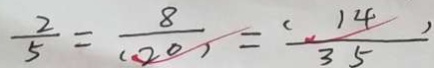
\frac { 2 } { 5 } = \frac { 8 } { ( 2 0 ) } = \frac { ( 1 4 ) } { 3 5 }